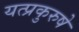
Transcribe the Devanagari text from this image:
यत्प्रकुरुषे